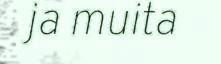
ja muita